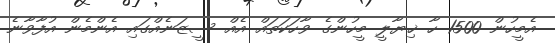
އެމީހުން 1500 ހާ ޚިޔާލީ މީހުންގެ ވާހަކަތައް އެއް ސީޒަނެއްގައި އެންމެން އުފާވާނެ